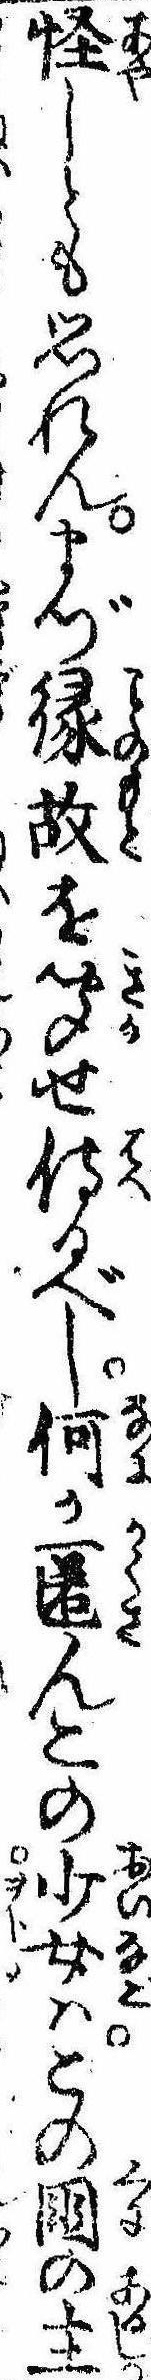
怪しとも思れんまづ縁故を聞せ侍るべし何か匿んこの少女はこの国の主